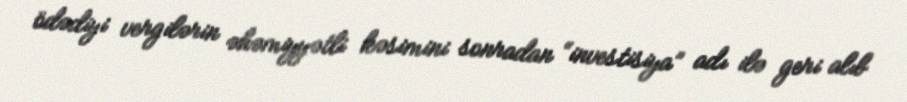
ödədiyi vergilərin əhəmiyyətli kəsimini sonradan “investisiya” adı ilə geri alıb